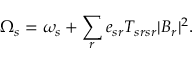
{ \Omega _ { s } = \omega _ { s } + \sum _ { r } e _ { s r } T _ { s r s r } | B _ { r } | ^ { 2 } . }